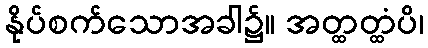
နိုပ်စက်သောအခါ၌။ အတ္ထတ္ထံပိ၊